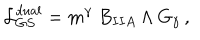
{ \cal L } _ { G S } ^ { d u a l } = m ^ { \gamma } ~ B _ { I I A } \wedge G _ { \gamma } \, ,